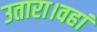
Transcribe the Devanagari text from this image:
उतारा।वहां